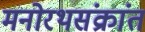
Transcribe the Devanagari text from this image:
मनोरथसंक्रांत